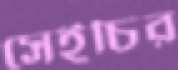
সেইচির